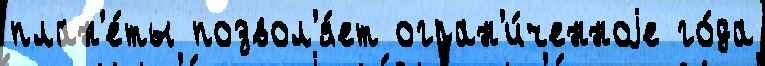
план'е́ты позвол'я́ет огран'и́ченноjе го́да